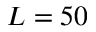
L = 5 0